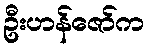
ဦးဟန်ဇော်က